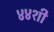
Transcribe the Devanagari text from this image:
४४शी